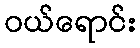
ဝယ်ရောင်း